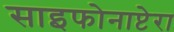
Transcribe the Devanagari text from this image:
साइफोनाप्टेरा